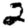
Digit: 2